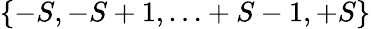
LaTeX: \{ -S,-S+1,\ldots+S-1,+S\}